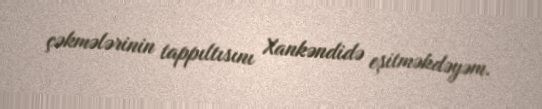
çəkmələrinin tappıltısını Xankəndidə eşitməkdəyəm.